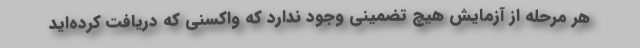
هر مرحله از آزمایش هیچ تضمینی وجود ندارد که واکسنی که دریافت کرده‌اید